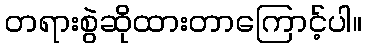
တရားစွဲဆိုထားတာကြောင့်ပါ။